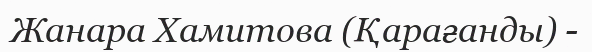
Жанара Хамитова (Қарағанды) -